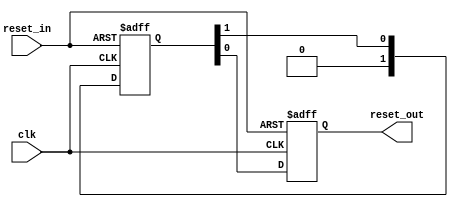
// (C) 2001-2019 Intel Corporation. All rights reserved.
// Your use of Intel Corporation's design tools, logic functions and other 
// software and tools, and its AMPP partner logic functions, and any output 
// files from any of the foregoing (including device programming or simulation 
// files), and any associated documentation or information are expressly subject 
// to the terms and conditions of the Intel Program License Subscription 
// Agreement, Intel FPGA IP License Agreement, or other applicable 
// license agreement, including, without limitation, that your use is for the 
// sole purpose of programming logic devices manufactured by Intel and sold by 
// Intel or its authorized distributors.  Please refer to the applicable 
// agreement for further details.


// $Id: //acds/rel/19.1std/ip/merlin/altera_reset_controller/altera_reset_synchronizer.v#1 $
// $Revision: #1 $
// $Date: 2018/11/07 $
// $Author: psgswbuild $

// -----------------------------------------------
// Reset Synchronizer
// -----------------------------------------------
`timescale 1 ns / 1 ns

module altera_reset_synchronizer
#(
    parameter ASYNC_RESET = 1,
    parameter DEPTH       = 2
)
(
    input   reset_in /* synthesis ALTERA_ATTRIBUTE = "SUPPRESS_DA_RULE_INTERNAL=R101" */,

    input   clk,
    output  reset_out
);

    // -----------------------------------------------
    // Synchronizer register chain. We cannot reuse the
    // standard synchronizer in this implementation 
    // because our timing constraints are different.
    //
    // Instead of cutting the timing path to the d-input 
    // on the first flop we need to cut the aclr input.
    // 
    // We omit the "preserve" attribute on the final
    // output register, so that the synthesis tool can
    // duplicate it where needed.
    // -----------------------------------------------
    (*preserve*) reg [DEPTH-1:0] altera_reset_synchronizer_int_chain;
    reg altera_reset_synchronizer_int_chain_out;

    generate if (ASYNC_RESET) begin

        // -----------------------------------------------
        // Assert asynchronously, deassert synchronously.
        // -----------------------------------------------
        always @(posedge clk or posedge reset_in) begin
            if (reset_in) begin
                altera_reset_synchronizer_int_chain <= {DEPTH{1'b1}};
                altera_reset_synchronizer_int_chain_out <= 1'b1;
            end
            else begin
                altera_reset_synchronizer_int_chain[DEPTH-2:0] <= altera_reset_synchronizer_int_chain[DEPTH-1:1];
                altera_reset_synchronizer_int_chain[DEPTH-1] <= 0;
                altera_reset_synchronizer_int_chain_out <= altera_reset_synchronizer_int_chain[0];
            end
        end

        assign reset_out = altera_reset_synchronizer_int_chain_out;
     
    end else begin

        // -----------------------------------------------
        // Assert synchronously, deassert synchronously.
        // -----------------------------------------------
        always @(posedge clk) begin
            altera_reset_synchronizer_int_chain[DEPTH-2:0] <= altera_reset_synchronizer_int_chain[DEPTH-1:1];
            altera_reset_synchronizer_int_chain[DEPTH-1] <= reset_in;
            altera_reset_synchronizer_int_chain_out <= altera_reset_synchronizer_int_chain[0];
        end

        assign reset_out = altera_reset_synchronizer_int_chain_out;
 
    end
    endgenerate

endmodule